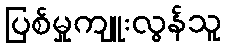
ပြစ်မှုကျူးလွန်သူ